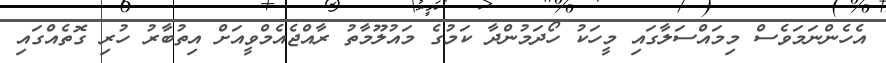
އެހެންނަމަވެސް މިމައްސަލާގައި މީހަކު ހޯދަމުންދާ ކަމުގެ މައުލޫމާތު ރާއްޖެއެމްވީއަށް އިތުބާރު ހުރި ގޮތެއްގައި